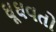
ઘૂઘવતો